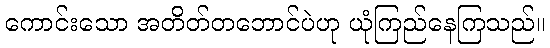
ကောင်းသော အတိတ်တဘောင်ပဲဟု ယုံကြည်နေကြသည်။